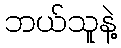
ဘယ်သူနဲ့